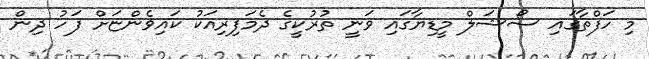
މި ހަފްތާގައި ސޯޝަލް މީޑިޔާގައި ވަނީ ތުރުކީގެ ދެމަފިރިއަކު ކައިވެންޏަށް ފަހު ދިން